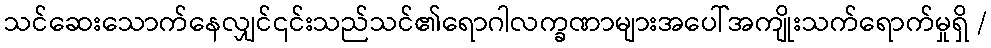
သင်ဆေးသောက်နေလျှင်၎င်းသည်သင်၏ရောဂါလက္ခဏာများအပေါ်အကျိုးသက်ရောက်မှုရှိ /